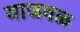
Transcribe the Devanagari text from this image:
याजवळ